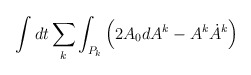
\begin{align*}\int dt\sum_k\int_{P_k}\left( 2A_0dA^k-A^k\dot A^k\right)\end{align*}